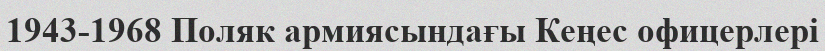
1943-1968 Поляк армиясындағы Кеңес офицерлері